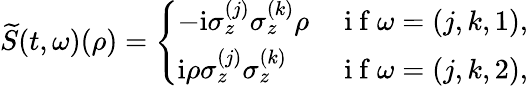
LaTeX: \widetilde{S}(t,\omega)({\rho})=\left\{ \begin{array}{ll}{-\mathrm{i}\sigma_{z}^{(j)}\sigma_{z}^{(k)}{\rho}}&{\mathrm{~i~f~}\omega=(j,k,1),}\\ {\mathrm{i}{\rho}\sigma_{z}^{(j)}\sigma_{z}^{(k)}}&{\mathrm{~i~f~}\omega=(j,k,2),}\end{array}\right.